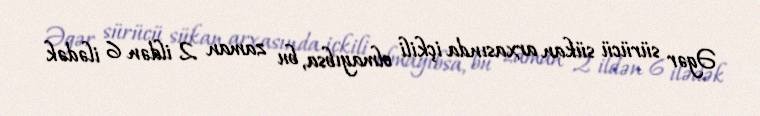
Əgər sürücü sükan arxasında içkili olmayıbsa, bu zaman 2 ildən 6 ilədək